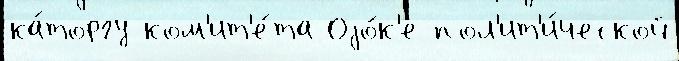
ка́торгу ком'ит'е́та Оjо́к'е пол'ит'и́ческой